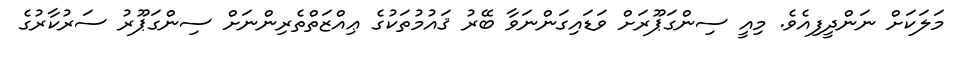
މަލަކަށް ނަންދީފިއެވެ. މިއީ ސިންގަޕޫރަށް ވަޑައިގަންނަވާ ބޭރު ޤައުމުތަކުގެ ޢިއްޒަތްތެރިންނަށް ސިންގަޕޫރު ސަރުކާރުގެ